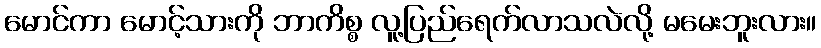
မောင်ကာ မောင့်သားကို ဘာကိစ္စ လူ့ပြည်ရေက်လာသလဲလို့ မမေးဘူးလား။